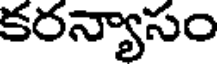
కరన్యాసం